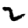
Digit: 2